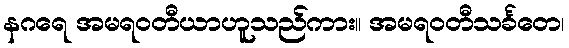
နဂရေ အမရဝတီယာဟူသည်ကား။ အမရဝတီသင်္ခတေ၊